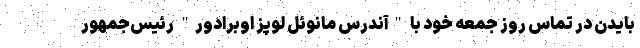
بایدن در تماس روز جمعه خود با "آندرس مانوئل لوپز اوبرادور" رئیس‌جمهور